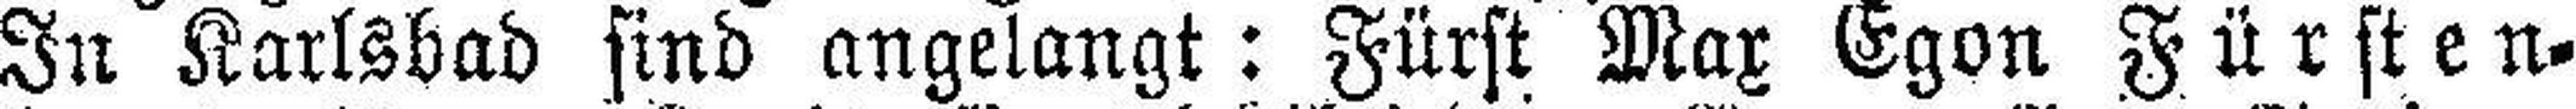
In Karlsbad sind angelangt: Fürst Max Egon Fürsten¬